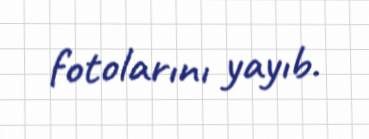
fotolarını yayıb.